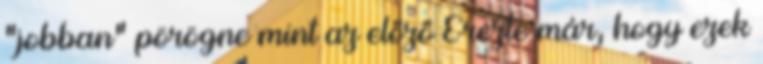
"jobban" pörögne mint az előző Érezte már, hogy ezek